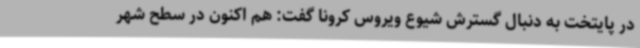
در پایتخت به دنبال گسترش شیوع ویروس کرونا گفت: هم اکنون در سطح شهر